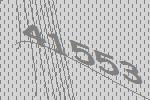
41553